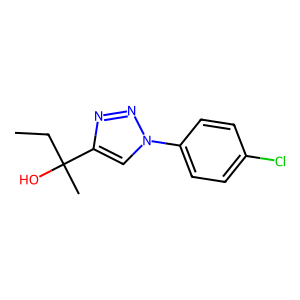
SMILES: CCC(C)(O)c1cn(-c2ccc(Cl)cc2)nn1
Inhibits HIV replication: No